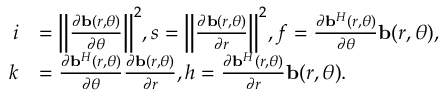
\begin{array} { r l } { i } & { = { \left\| { \frac { { \partial { \bf { b } } ( r , \theta ) } } { { \partial \theta } } } \right\| } ^ { 2 } , s = { { \left\| { \frac { { \partial { \bf { b } } ( r , \theta ) } } { { \partial r } } } \right\| } ^ { 2 } } , f = \frac { { \partial { { \bf { b } } ^ { H } } ( r , \theta ) } } { { \partial \theta } } { \bf { b } } ( r , \theta ) , } \\ { k } & { = \frac { { \partial { { \bf { b } } ^ { H } } ( r , \theta ) } } { { \partial \theta } } \frac { { \partial { \bf { b } } ( r , \theta ) } } { { \partial r } } , h = \frac { { \partial { { \bf { b } } ^ { H } } ( r , \theta ) } } { { \partial r } } { \bf { b } } ( r , \theta ) . } \end{array}